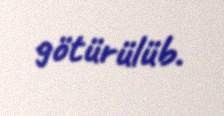
götürülüb.